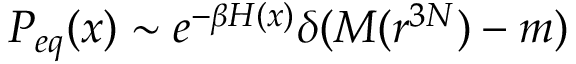
P _ { e q } ( x ) \sim e ^ { - \beta H ( x ) } \delta ( M ( r ^ { 3 N } ) - m )